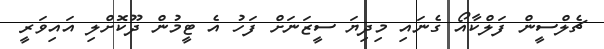
ޗެލްސީން ފަލްކާއޯ ގެނައި މިދިޔަ ސީޒަނަށް ފަހު އެ ޓީމުން ދޫކޮށްލި އައިވަރީ